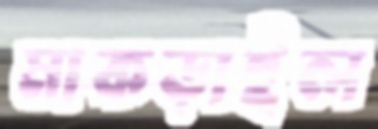
মাকড়াইল